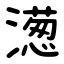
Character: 濍